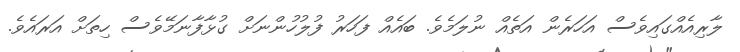
ލާރިއެއްގައިވެސް އަހަރެން އަތެއް ނުލަމެވެ. ބައެއް ފަހަރު ފުލުހުންނަށް ގުޅާފާނަމޭވެސް ހިތަށް އަރައެވެ.